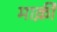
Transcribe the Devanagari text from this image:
मार्क़ी